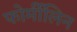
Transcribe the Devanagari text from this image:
फोर्मीलिन